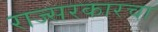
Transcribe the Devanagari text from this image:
राज्सरकारचा